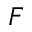
F